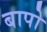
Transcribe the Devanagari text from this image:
बापो